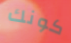
كونك